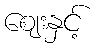
ဈေးနှင့်